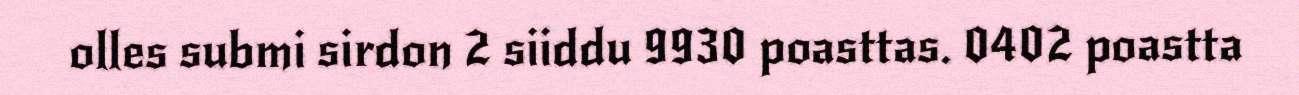
olles submi sirdon 2 siiddu 9930 poasttas. 0402 poastta